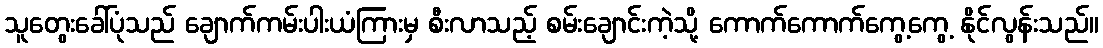
သူတွေးခေါ်ပုံသည် ချောက်ကမ်းပါးယံကြားမှ စီးလာသည့် စမ်းချောင်းကဲ့သို့ ကောက်ကောက်ကွေ့ကွေ့ နိုင်လွန်းသည်။